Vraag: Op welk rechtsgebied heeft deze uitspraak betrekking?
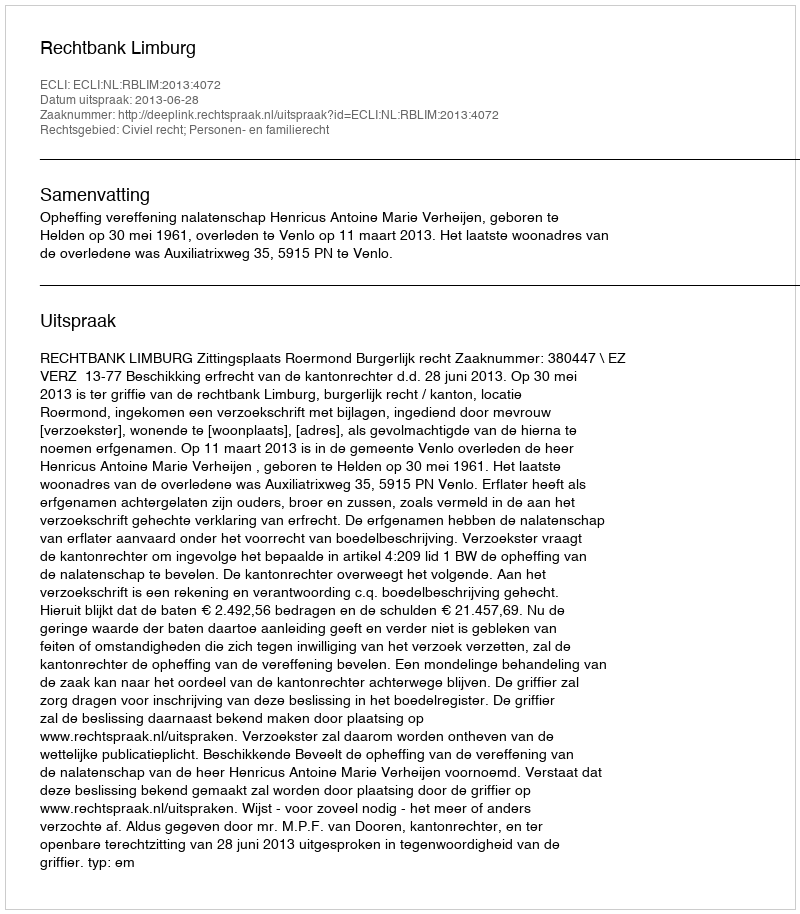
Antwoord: Civiel recht; Personen- en familierecht